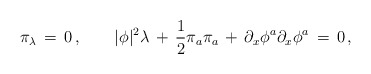
\begin{align*}\pi_\lambda\, =\, 0\, , \qquad |\phi|^2\lambda\, +\, {1\over 2}\pi_a \pi_a\, +\, \partial_x \phi^a \partial_x \phi^a\, =\, 0\, ,\end{align*}